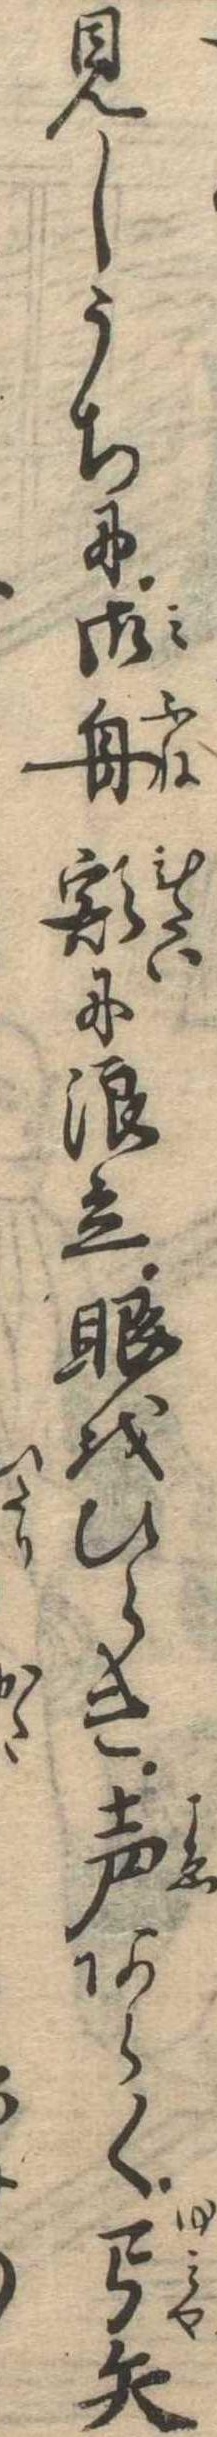
見しうちに御舟額に浪立眼をひらき声あらく弓矢